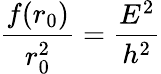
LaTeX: \frac{f(r_{0})}{r_{0}^{2}}=\frac{E^{2}}{h^{2}}